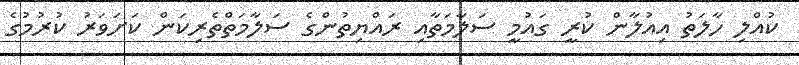
ކުއްލި ހާލަތު އިއުލާން ކުރީ ގައުމީ ސަލާމަތާއި ރައްޔިތުންގެ ސަލާމަތްތެރިކަން ކަށަވަރު ކުރުމުގެ